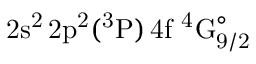
\mathrm { 2 s ^ { 2 } \, 2 p ^ { 2 } ( ^ { 3 } P ) \, 4 f ~ ^ { 4 } G _ { 9 / 2 } ^ { \circ } }